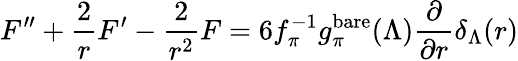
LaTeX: F^{\prime\prime}+\frac{2}{r}F^{\prime}-\frac{2}{r^{2}}F=6f_{\pi}^{-1}g_{\pi}^{\mathrm{bare}}(\Lambda)\frac{\partial}{\partial r}\delta_{\Lambda}(r)